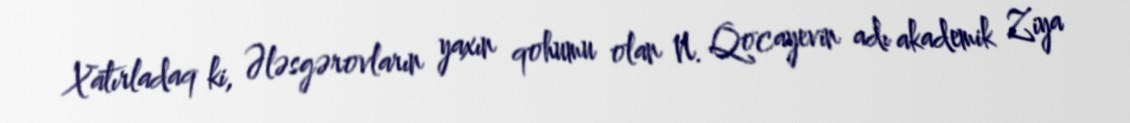
Xatırladaq ki, Ələsgərovların yaxın qohumu olan N. Qocayevin adı akademik Ziya